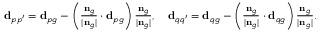
\begin{array} { r } { \mathbf { d } _ { p p ^ { \prime } } = \mathbf { d } _ { p g } - \left( \frac { \mathbf { n } _ { g } } { | \mathbf { n } _ { g } | } \cdot \mathbf { d } _ { p g } \right) \frac { \mathbf { n } _ { g } } { | \mathbf { n } _ { g } | } , \quad \mathbf { d } _ { q q ^ { \prime } } = \mathbf { d } _ { q g } - \left( \frac { \mathbf { n } _ { g } } { | \mathbf { n } _ { g } | } \cdot \mathbf { d } _ { q g } \right) \frac { \mathbf { n } _ { g } } { | \mathbf { n } _ { g } | } . } \end{array}